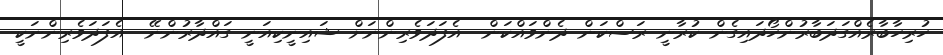
ހުރިހާބާރެއްގަދަބާރުންހޯދައިގެން ކުރާނީ ރަސްކަން ދެންވައްކަން  އެފަދަވެރިންނަށް ޝައިނީކިއަނީ ގައްދާރުންނޭ  އެފަދަވެރިންނަކީ